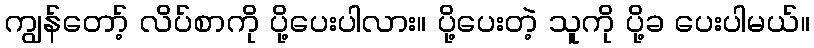
ကျွန်တော့် လိပ်စာကို ပို့ပေးပါလား။ ပို့ပေးတဲ့ သူကို ပို့ခ ပေးပါမယ်။